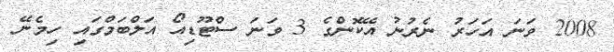
2008 ވަނަ އަހަރު ނެރުނު އޭކޮންގެ 3 ވަނަ ސްޓޫޑިއޯ އަލްބަމްގައި ހިމެނޭ